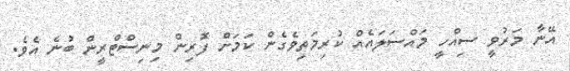
އޭނާ މަރުވީ ސިއްހީ މައްސަލައެއް ކުރިމަތިވެގެން ކަމަށް ފޮރިން މިނިސްޓްރީން ބުނެ އެވެ.